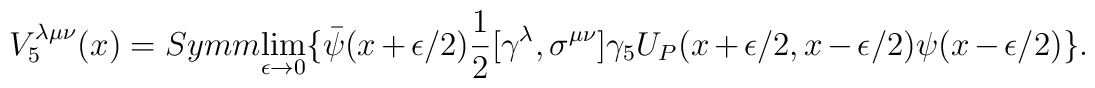
V^{\lambda \mu \nu}_5(x)=Symm {\lim_{\epsilon \rightarrow 0 }}\{ \bar{\psi}(x+ \epsilon /2)\frac{1}{2} [\gamma ^{\lambda},\sigma^{\mu \nu}]\gamma_5 U_P(x+ \epsilon /2, x - \epsilon /2) \psi (x - \epsilon /2)\} .